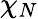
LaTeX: \chi_{N}